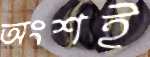
অংশই